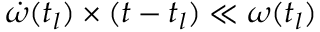
\dot { \omega } ( t _ { l } ) \times ( t - t _ { l } ) \ll \omega ( t _ { l } )